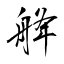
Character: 舽